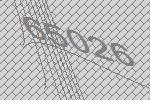
65026